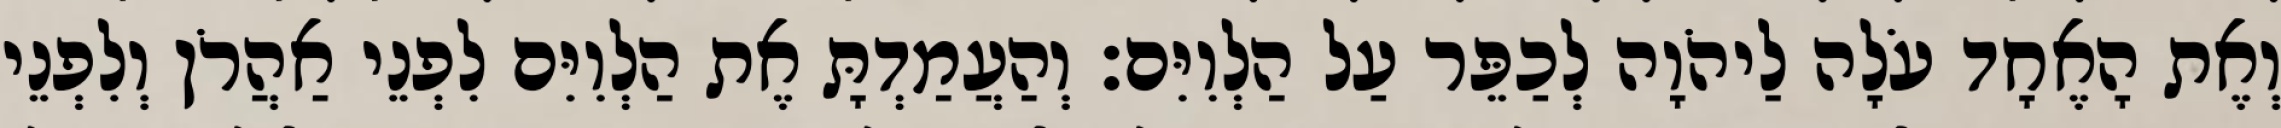
וְאֶת הָאֶחָד עֹלָה לַיהֹוָה לְכַפֵּר עַל הַלְוִיִּם׃ וְהַעֲמַדְתָּ אֶת הַלְוִיִּם לִפְנֵי אַהֲרֹן וְלִפְנֵי